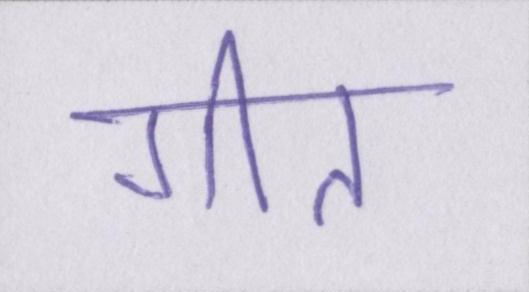
गीत